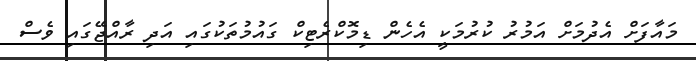
މައާފަށް އެދުމަށް އަމުރު ކުރުމަކީ އެހެން ޑިމޮކްރެޓިކް ގައުމުތަކުގައި އަދި ރާއްޖޭގައި ވެސް